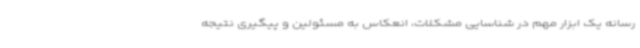
رسانه یک ابزار مهم در شناسایی مشکلات، انعکاس به مسئولین و پیگیری نتیجه